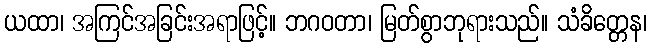
ယထာ၊ အကြင်အခြင်းအရာဖြင့်။ ဘဂဝတာ၊ မြတ်စွာဘုရားသည်။ သံခိတ္တေန၊